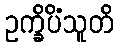
ဥက္ခိပိံသူတိ